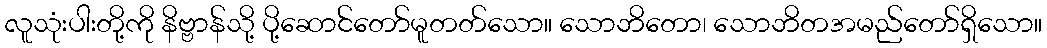
လူသုံးပါးတို့ကို နိဗ္ဗာန်သို့ ပို့ဆောင်တော်မူတတ်သော။ သောဘိတော၊ သောဘိတအမည်တော်ရှိသော။